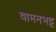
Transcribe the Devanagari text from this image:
वामनभट्ट